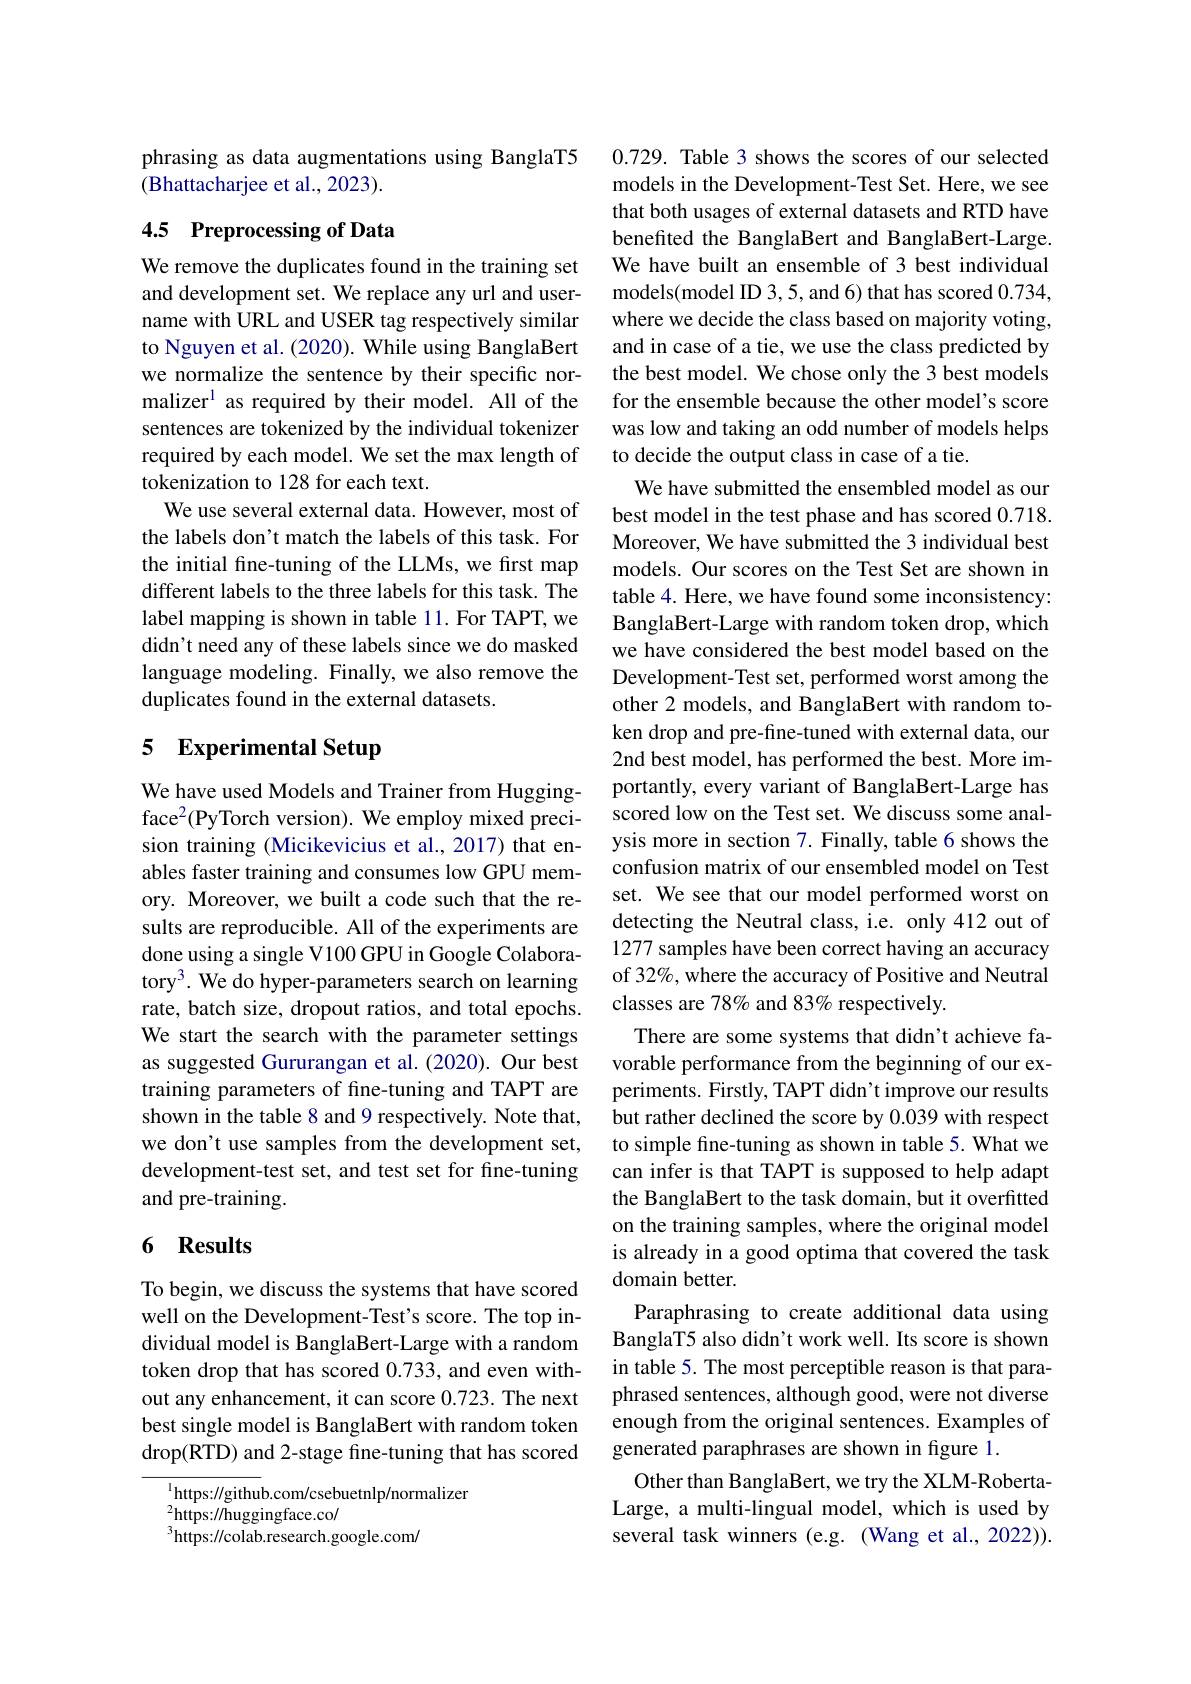
phrasing as data augmentations using BanglaT5
(Bhattacharjee et al., 2023).

# 4.5 Preprocessing of Data

We remove the duplicates found in the training set and development set. We replace any url and username with URL and USER tag respectively similar to Nguyen et al. (2020). While using BanglaBert we normalize the sentence by their specific normalizer$^{1}$ as required by their model. All of the sentences are tokenized by the individual tokenizer required by each model. We set the max length of tokenization to 128 for each text.
We use several external data. However, most of the labels don't match the labels of this task. For the initial fine-tuning of the LLMs, we first map different labels to the three labels for this task. The label mapping is shown in table 11. For TAPT, we didn't need any of these labels since we do masked language modeling. Finally, we also remove the duplicates found in the external datasets.

## 5 Experimental Setup

We have used Models and Trainer from Huggingface$^2($PyTorch version). We employ mixed precision training (Micikevicius et al., 2017) that enables faster training and consumes low GPU memory. Moreover, we built a code such that the results are reproducible. All of the experiments are done using a single V100 GPU in Google Colaboratory$^3.$ We do hyper-parameters search on learning rate, batch size, dropout ratios, and total epochs. We start the search with the parameter settings as suggested Gururangan et al.(2020). Our best training parameters of fine-tuning and TAPT are shown in the table 8 and 9 respectively. Note that, we don't use samples from the development set, development-test set, and test set for fine-tuning and pre-training.

### 6 Results

To begin, we discuss the systems that have scored well on the Development-Test's score. The top individual model is BanglaBert-Large with a random token drop that has scored 0.733, and even without any enhancement, it can score 0.723. The next best single model is BanglaBert with random token drop(RTD) and 2-stage fine-tuning that has scored

$^{1}$https://github.com/csebuetnlp/normalizer
$^{2}$https://huggingface.co/
$^{3}$https://colab.research.google.com/

0.729. Table 3 shows the scores of our selected models in the Development-Test Set. Here, we see that both usages of external datasets and RTD have benefited the BanglaBert and BanglaBert-Large. We have built an ensemble of 3 best individual models(model ID 3,5, and 6) that has scored 0.734, where we decide the class based on majority voting, and in case of a tie, we use the class predicted by the best model. We chose only the 3 best models for the ensemble because the other model's score was low and taking an odd number of models helps to decide the output class in case of a tie.
We have submitted the ensembled model as our best model in the test phase and has scored 0.718. Moreover, We have submitted the 3 individual best models. Our scores on the Test Set are shown in table 4. Here, we have found some inconsistency: BanglaBert-Large with random token drop, which we have considered the best model based on the Development-Test set, performed worst among the other 2 models, and BanglaBert with random token drop and pre-fine-tuned with external data, our 2nd best model, has performed the best. More importantly, every variant of BanglaBert-Large has scored low on the Test set. We discuss some analysis more in section 7. Finally, table 6 shows the confusion matrix of our ensembled model on Test set. We see that our model performed worst on detecting the Neutral class, i.e. only 412 out of 1277 samples have been correct having an accuracy of 32%, where the accuracy of Positive and Neutral classes are 78% and 83% respectively.
There are some systems that didn't achieve favorable performance from the beginning of our experiments. Firstly, TAPT didn't improve our results but rather declined the score by 0.039 with respect to simple fine-tuning as shown in table 5. What we can infer is that TAPT is supposed to help adapt the BanglaBert to the task domain, but it overfitted on the training samples, where the original model is already in a good optima that covered the task domain better.
Paraphrasing to create additional data using BanglaT5 also didn't work well. Its score is shown in table 5. The most perceptible reason is that paraphrased sentences, although good, were not diverse enough from the original sentences. Examples of generated paraphrases are shown in figure 1.
Other than BanglaBert, we try the XLM-RobertaLarge, a multi-lingual model, which is used by several task winners (e.g. (Wang et al., 2022)).